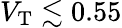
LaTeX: V_{\mathrm{T}}\lesssim 0.55